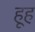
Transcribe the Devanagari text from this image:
हूह